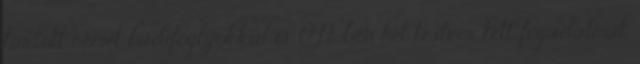
tartott német hadifoglyokkal is. 1949-ben hét testvér tett fogadalmat,